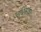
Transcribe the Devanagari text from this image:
अधिकांशः